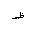
Letter: _za